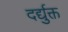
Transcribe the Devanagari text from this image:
दर्द्युक्त